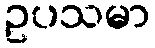
ဥပသမာ